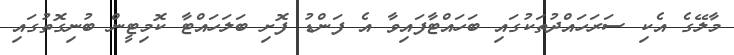
މާލޭގެ އެކި ސަަރަހައްދުތަކުގައި ބަހައްޓާފައިވާ އެ ފަންޑު ފޮށި ބަލަހައްޓާ ކޮމިޓީން ބުނިގޮތުގައި